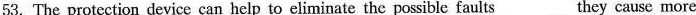
53.The protection device can help to eliminate the possible faults_they cause more